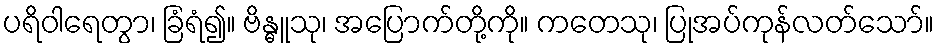
ပရိဝါရေတွာ၊ ခြံရံ၍။ ဗိန္ဓူသု၊ အပြောက်တို့ကို။ ကတေသု၊ ပြုအပ်ကုန်လတ်သော်။